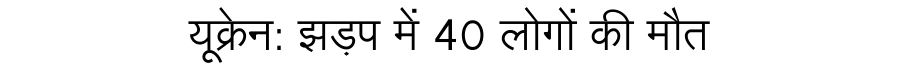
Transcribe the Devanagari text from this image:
यूक्रेन: झड़प में 40 लोगों की मौत